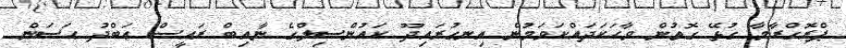
ޕްރޮގްރާމާ ގުޅޭ ގޮތުން ވާހަކަދައްކަވަމުން އިނގުރައިދޫ ކައުންސިލްގެ ނާއިބް ރައީސް ޢަބްދު ޙަސަން